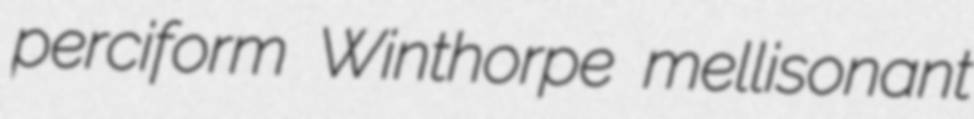
perciform Winthorpe mellisonant